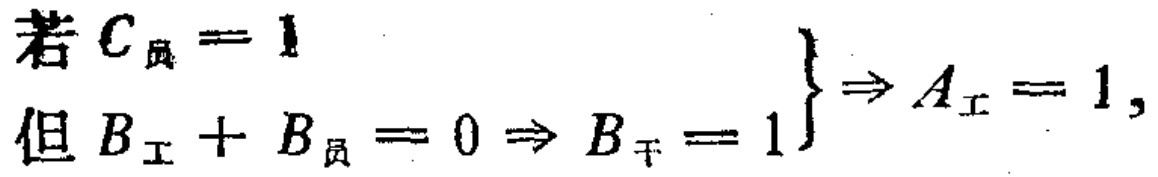
若 \(C_{员}=1\)

但 \(B_{工}+B_{员}=0 \Rightarrow B_{干}=1\) \(\} \Rightarrow A_{工}=1\)，